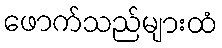
ဖောက်သည်များထံ